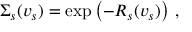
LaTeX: \Sigma _ { s } ( v _ { s } ) = \exp \left( - R _ { s } ( v _ { s } ) \right) \, ,